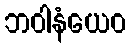
ဘဝါနံယေဝ